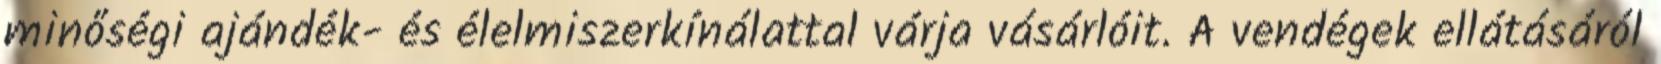
minőségi ajándék- és élelmiszerkínálattal várja vásárlóit. A vendégek ellátásáról